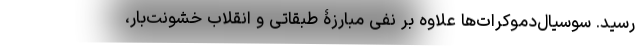
رسید. سوسیال‌دموکرات‌ها علاوه بر نفی مبارزۀ طبقاتی و انقلاب خشونت‌بار،